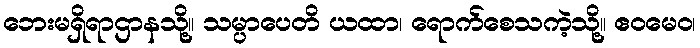
ဘေးမရှိရာဌာနသို့။ သမ္ပာပေတိ ယထာ၊ ရောက်စေသကဲ့သို့။ ဧဝမေဝ၊